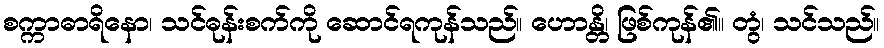
စက္ကာဓာရိနော၊ သင်ဓုန်းစက်ကို ဆောင်ရကုန်သည်။ ဟောန္တိ၊ ဖြစ်ကုန်၏။ တွံ၊ သင်သည်။